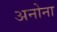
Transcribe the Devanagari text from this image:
अनोना